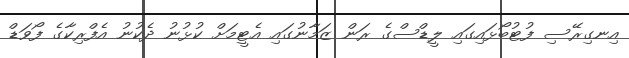
އިނގިރޭސި ފުޓުބޯޅައިގައި ލީޑްސްގެ ރަން ޒަމާނުގައި އެޓީމަށް ކުޅުނު ދެކުނު އެފްރިކާގެ ފޯވަޑް